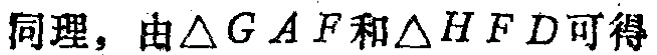
同理，由\(\triangle GAF\)和\(\triangle HFD\)可得